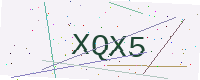
Text: XQX5